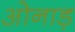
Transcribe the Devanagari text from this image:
ओनाड़